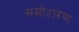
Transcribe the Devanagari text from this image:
समोशरण